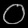
Digit: ၀